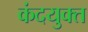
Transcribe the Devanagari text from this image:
कंदयुक्त